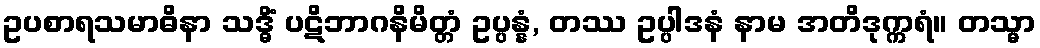
ဥပစာရသမာဓိနာ သဒ္ဓိံ ပဋိဘာဂနိမိတ္တံ ဥပ္ပန္နံ, တဿ ဥပ္ပါဒနံ နာမ အတိဒုက္ကရံ။ တသ္မာ